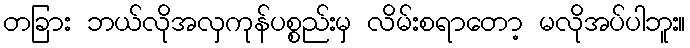
တခြား ဘယ်လိုအလှကုန်ပစ္စည်းမှ လိမ်းစရာတော့ မလိုအပ်ပါဘူး။